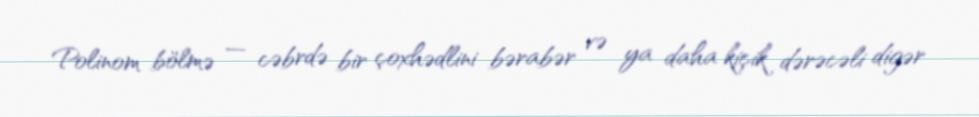
Polinom bölmə — cəbrdə bir çoxhədlini bərabər və ya daha kiçik dərəcəli digər